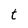
Character: t